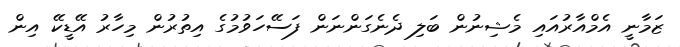
ޒަމާނީ އެމްއާރުއައި މެޝިނުން ބަލި ދެނެގަންނަން ފަސޭހަވުމުގެ އިތުރުން މިހާރު އޭޑީކޭ އިން